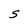
Character: S